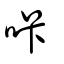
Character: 咔